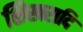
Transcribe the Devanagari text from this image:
शिखरादि